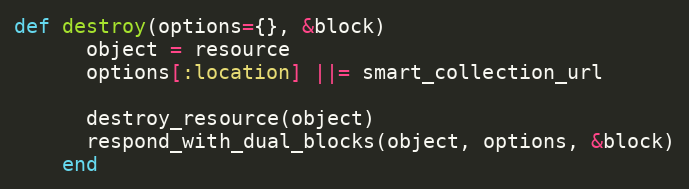
Language: Ruby
def destroy(options={}, &block)
      object = resource
      options[:location] ||= smart_collection_url

      destroy_resource(object)
      respond_with_dual_blocks(object, options, &block)
    end